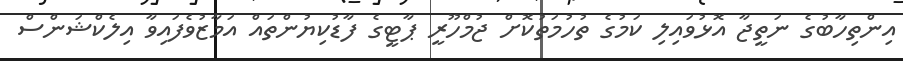
އިންތިހާބުގެ ނަތީޖާ އޮޅުވައިލި ކަމުގެ ތުހުމަތުކޮށް ޖުމްހޫރީ ޕާޓީގެ ފާޑުކިޔުންތައް އަމާޒުވެފައިވާ އިލެކްޝަންސް